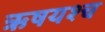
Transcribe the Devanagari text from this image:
ऋषयश्च